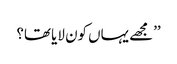
’’مجھے یہاں کون لایا تھا؟